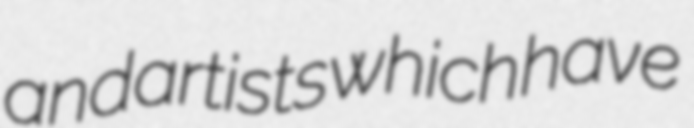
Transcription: and artists which have